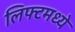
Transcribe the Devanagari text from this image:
लिफ्टमध्ये